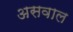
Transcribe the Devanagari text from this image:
असवाल